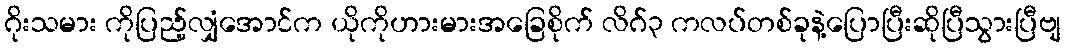
ဂိုးသမား ကိုပြည့်လျှံအောင်က ယိုကိုဟားမားအခြေစိုက် လိဂ်၃ ကလပ်တစ်ခုနဲ့ပြောပြီးဆိုပြီသွားပြီဗျ